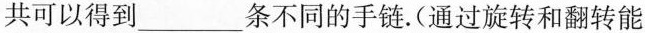
共可以得到___条不同的手链。(通过旋转和翻转能